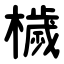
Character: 檅